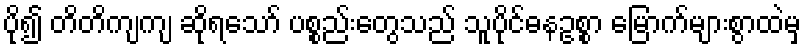
ပို၍ တိတိကျကျ ဆိုရသော် ပစ္စည်းတွေသည် သူပိုင်ဓနဥစ္စာ မြောက်များစွာထဲမှ